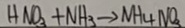
H N O _ { 3 } + N H _ { 3 } \rightarrow N H _ { 4 } N O _ { 3 }